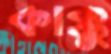
কাক্কু